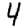
Digit: 4